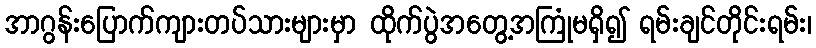
အာဂွန်းပြောက်ကျားတပ်သားများမှာ ထိုက်ပွဲအတွေ့အကြုံမရှိ၍ ရမ်းချင်တိုင်းရမ်း၊